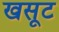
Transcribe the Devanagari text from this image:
खसूट